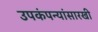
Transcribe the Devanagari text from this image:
उपकंपन्यांसारखी